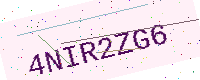
Text: 4NIR2ZG6